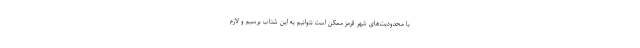
با محدودیت‌های شهر قرمز ممکن است نتوانیم به این شتاب برسیم و لازم